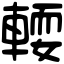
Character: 𨍥